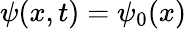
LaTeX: \psi(x,t)=\psi_{0}(x)